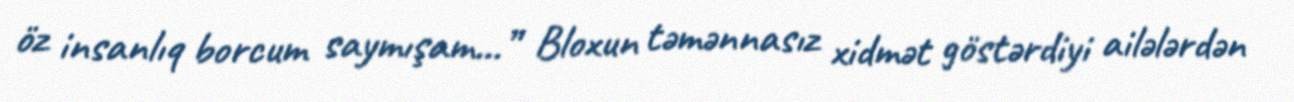
öz insanlıq borcum saymışam...” Bloxun təmənnasız xidmət göstərdiyi ailələrdən